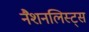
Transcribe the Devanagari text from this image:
नैशनलिस्ट्स